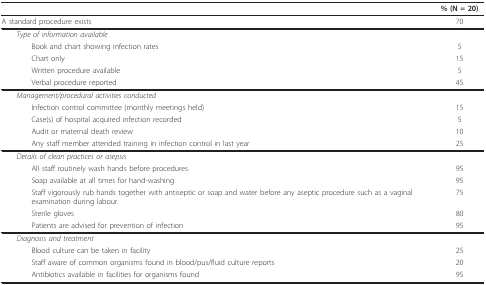
<table><thead><tr><td></td><td><b>% (N = 20)</b></td></tr></thead><tbody><tr><td>A standard procedure exists</td><td>70</td></tr><tr><td> <i>Type of information available</i></td><td></td></tr><tr><td>Book and chart showing infection rates</td><td>5</td></tr><tr><td>Chart only</td><td>15</td></tr><tr><td>Written procedure available</td><td>5</td></tr><tr><td>Verbal procedure reported</td><td>45</td></tr><tr><td> <i>Management/procedural activities conducted</i></td><td></td></tr><tr><td>Infection control committee (monthly meetings held)</td><td>15</td></tr><tr><td>Case(s) of hospital acquired infection recorded</td><td>5</td></tr><tr><td>Audit or maternal death review</td><td>10</td></tr><tr><td>Any staff member attended training in infection control in last year</td><td>25</td></tr><tr><td> <i>Details of clean practices or asepsis</i></td><td></td></tr><tr><td>All staff routinely wash hands before procedures.</td><td>95</td></tr><tr><td>Soap available at all times for hand-washing.</td><td>95</td></tr><tr><td>Staff vigorously rub hands together with antiseptic or soap and water before any aseptic procedure such as a vaginal examination during labour.</td><td>75</td></tr><tr><td>Sterile gloves</td><td>80</td></tr><tr><td>Patients are advised for prevention of infection</td><td>95</td></tr><tr><td> <i>Diagnosis and treatment</i></td><td></td></tr><tr><td>Blood culture can be taken in facility</td><td>25</td></tr><tr><td>Staff aware of common organisms found in blood/pus/fluid culture reports</td><td>20</td></tr><tr><td>Antibiotics available in facilities for organisms found</td><td>95</td></tr></tbody></table>